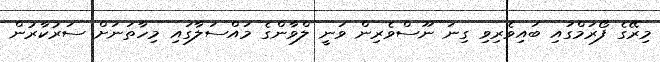
މިރޭގެ ފޯރަމްގައި ބައިވެރިވި ގިނަ ނޫސްވެރިން ވަނީ ލްވާންގެ މައްސަލާގައި މިހާތަނަށް ސަރުކާރުން